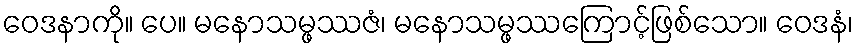
ဝေဒနာကို။ ပေ။ မနောသမ္ဖဿဇံ၊ မနောသမ္ဖဿကြောင့်ဖြစ်သော။ ဝေဒနံ၊